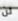
لن